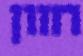
חזון